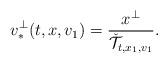
LaTeX: \begin{align*} v_*^\perp(t,x,v_1) = \frac{x^\perp}{\check {\mathcal T}_{t,x_1,v_1}}.\end{align*}